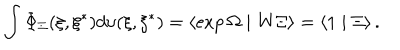
LaTeX: \int \Phi _ { \Xi } ( \xi , \xi ^ { * } ) d \upsilon ( \xi , \xi ^ { * } ) = \left\langle \exp \Omega \mid \mathrm { W } \Xi \right\rangle = \left\langle 1 \mid \Xi \right\rangle .